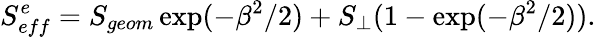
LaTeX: S_{eff}^{e}=S_{geom}\exp(-\beta^{2}/2)+S_{\perp}(1-\exp(-\beta^{2}/2)).